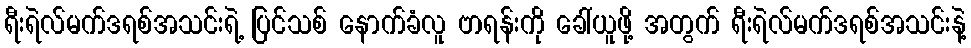
ရီးရဲလ်မက်ဒရစ်အသင်းရဲ့ ပြင်သစ် နောက်ခံလူ ဗာရန်းကို ခေါ်ယူဖို့ အတွက် ရီးရဲလ်မက်ဒရစ်အသင်းနဲ့